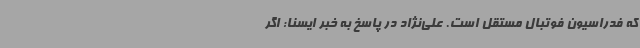
که فدراسیون فوتبال مستقل است. علی‌نژاد در پاسخ به خبر ایسنا: اگر